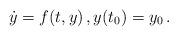
LaTeX: \begin{align*}\dot{y} = f(t,y)\, , y(t_0)=y_0\, .\end{align*}